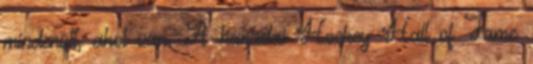
mindenütt, ahol van. A kanadai Hockey Hall of Fame